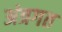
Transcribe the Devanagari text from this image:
अंत्रगत